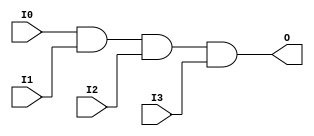
module X_AND4 (O, I0, I1, I2, I3);

  parameter LOC = "UNPLACED";
  output O;
  input I0, I1, I2, I3;

  and (O, I0, I1, I2, I3);

  specify

	(I0 => O) = (0:0:0, 0:0:0);
	(I1 => O) = (0:0:0, 0:0:0);
	(I2 => O) = (0:0:0, 0:0:0);
	(I3 => O) = (0:0:0, 0:0:0);
	specparam PATHPULSE$ = 0;

  endspecify

endmodule